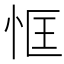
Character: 恇